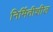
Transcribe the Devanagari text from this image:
निर्मितीशील